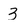
Character: 3